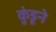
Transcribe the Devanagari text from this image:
कुंडूने